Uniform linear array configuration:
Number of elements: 24
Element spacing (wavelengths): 0.5
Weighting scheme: cosine
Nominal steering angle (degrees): -45
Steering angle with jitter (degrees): -44.172
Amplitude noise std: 0.05
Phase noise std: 0.05

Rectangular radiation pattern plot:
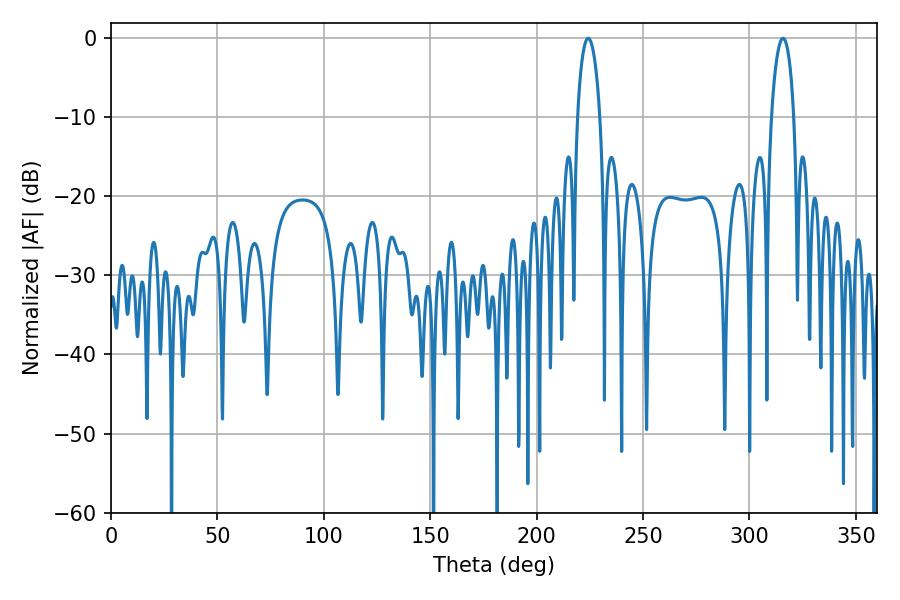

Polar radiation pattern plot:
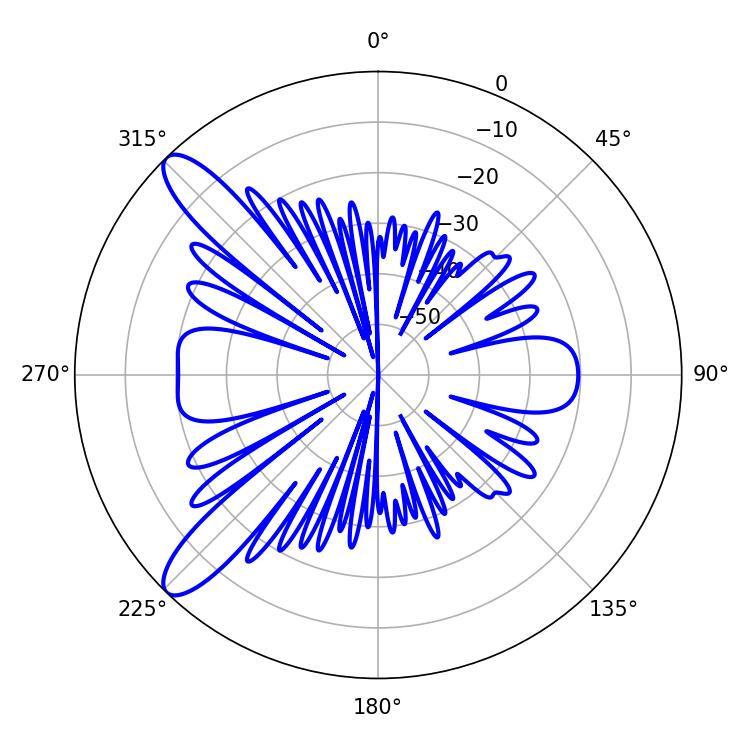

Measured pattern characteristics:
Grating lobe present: FALSE
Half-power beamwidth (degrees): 6.12
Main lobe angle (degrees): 224.28